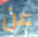
عن